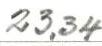
23,34